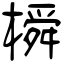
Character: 橓